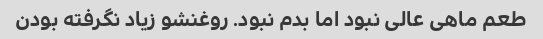
طعم ماهی عالی نبود اما بدم نبود. روغنشو زیاد نگرفته بودن